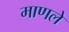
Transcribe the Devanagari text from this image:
माणले